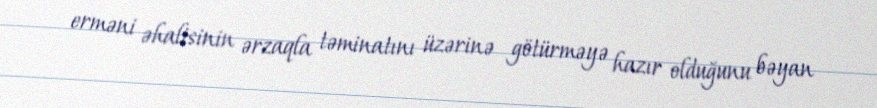
erməni əhalisinin ərzaqla təminatını üzərinə götürməyə hazır olduğunu bəyan